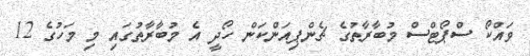
ވައްކޯ ސްޕޯޓްސް މުބާރާތުގެ ޗެންޕިއަންކަން ހޯދީ އެ މުބާރާތުގައި މި މަހުގެ 12